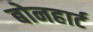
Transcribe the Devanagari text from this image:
बोनहार्ट